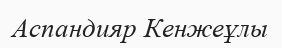
Аспандияр Кенжеұлы